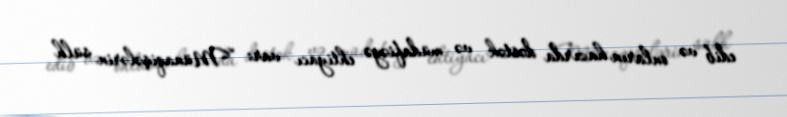
edib və onların hazırda dəstək və müdafiəyə ehtiyacı var: “Münaqişələrin sülh